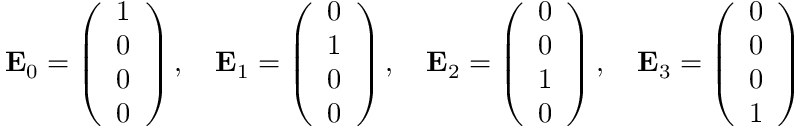
\mathbf { E } _ { 0 } = { \left( \begin{array} { l } { 1 } \\ { 0 } \\ { 0 } \\ { 0 } \end{array} \right) } \, , \quad \mathbf { E } _ { 1 } = { \left( \begin{array} { l } { 0 } \\ { 1 } \\ { 0 } \\ { 0 } \end{array} \right) } \, , \quad \mathbf { E } _ { 2 } = { \left( \begin{array} { l } { 0 } \\ { 0 } \\ { 1 } \\ { 0 } \end{array} \right) } \, , \quad \mathbf { E } _ { 3 } = { \left( \begin{array} { l } { 0 } \\ { 0 } \\ { 0 } \\ { 1 } \end{array} \right) }